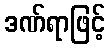
ဒဏ်ရာဖြင့်